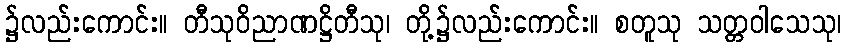
၌လည်းကောင်း။ တီသုဝိညာဏဋ္ဌိတီသု၊ တို့၌လည်းကောင်း။ စတူသု သတ္တဝါသေသု၊